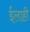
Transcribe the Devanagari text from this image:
ईलाही